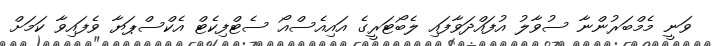
ވަނީ މެމްބަރުންނާ ސުވާލު އުފައްދަވާފައި ލެބޯޓަރީގެ އައިއެސްއޯ ސެޓްފިކެޓް އެކްސްޕަޔާ ވެފައިވާ ކަމަށް